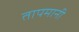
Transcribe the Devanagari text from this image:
तापमानी